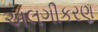
અલગીકરણ